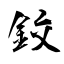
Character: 鉸